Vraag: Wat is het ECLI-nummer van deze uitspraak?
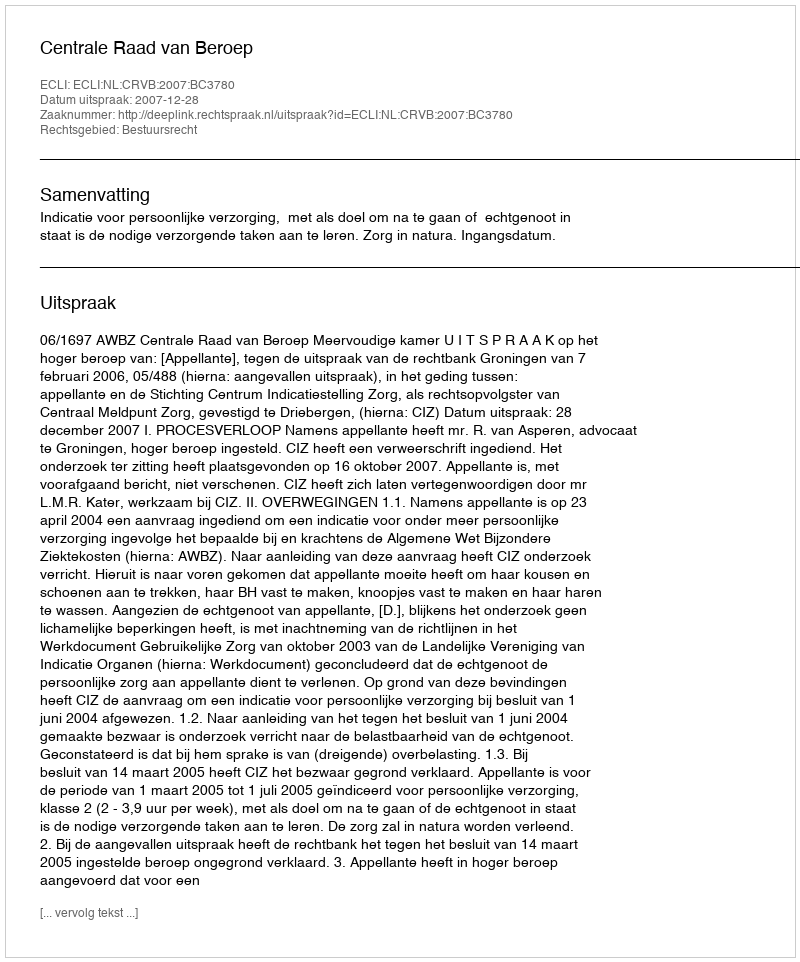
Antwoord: ECLI:NL:CRVB:2007:BC3780